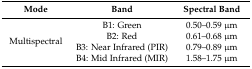
<table><thead><tr><td><b>Mode</b></td><td><b>Band</b></td><td><b>Spectral Band</b></td></tr></thead><tbody><tr><td rowspan="4">Multispectral</td><td>B1: Green</td><td>0.50–0.59 μm</td></tr><tr><td>B2: Red</td><td>0.61–0.68 μm</td></tr><tr><td>B3: Near Infrared (PIR)</td><td>0.79–0.89 μm</td></tr><tr><td>B4: Mid Infrared (MIR)</td><td>1.58–1.75 μm</td></tr></tbody></table>